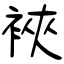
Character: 裌